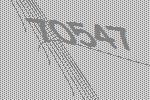
70547